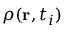
\rho ( \mathbf { r } , t _ { i } )